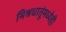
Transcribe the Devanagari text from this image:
मिश्रधातूंमध्येही